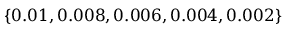
\{ 0 . 0 1 , 0 . 0 0 8 , 0 . 0 0 6 , 0 . 0 0 4 , 0 . 0 0 2 \}